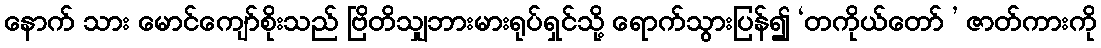
နောက် သား မောင်ကျော်စိုးသည် ဗြိတိသျှဘားမားရုပ်ရှင်သို့ ရောက်သွားပြန်၍ ‘တကိုယ်တော် ’ ဇာတ်ကားကို